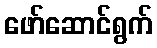
ဖော်ဆောင်ရွက်